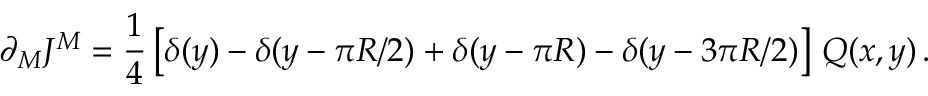
\partial _ { M } J ^ { M } = \frac { 1 } { 4 } \left[ \delta ( y ) - \delta ( y - \pi R / 2 ) + \delta ( y - \pi R ) - \delta ( y - 3 \pi R / 2 ) \right] \, { \cal Q } ( x , y ) \, .